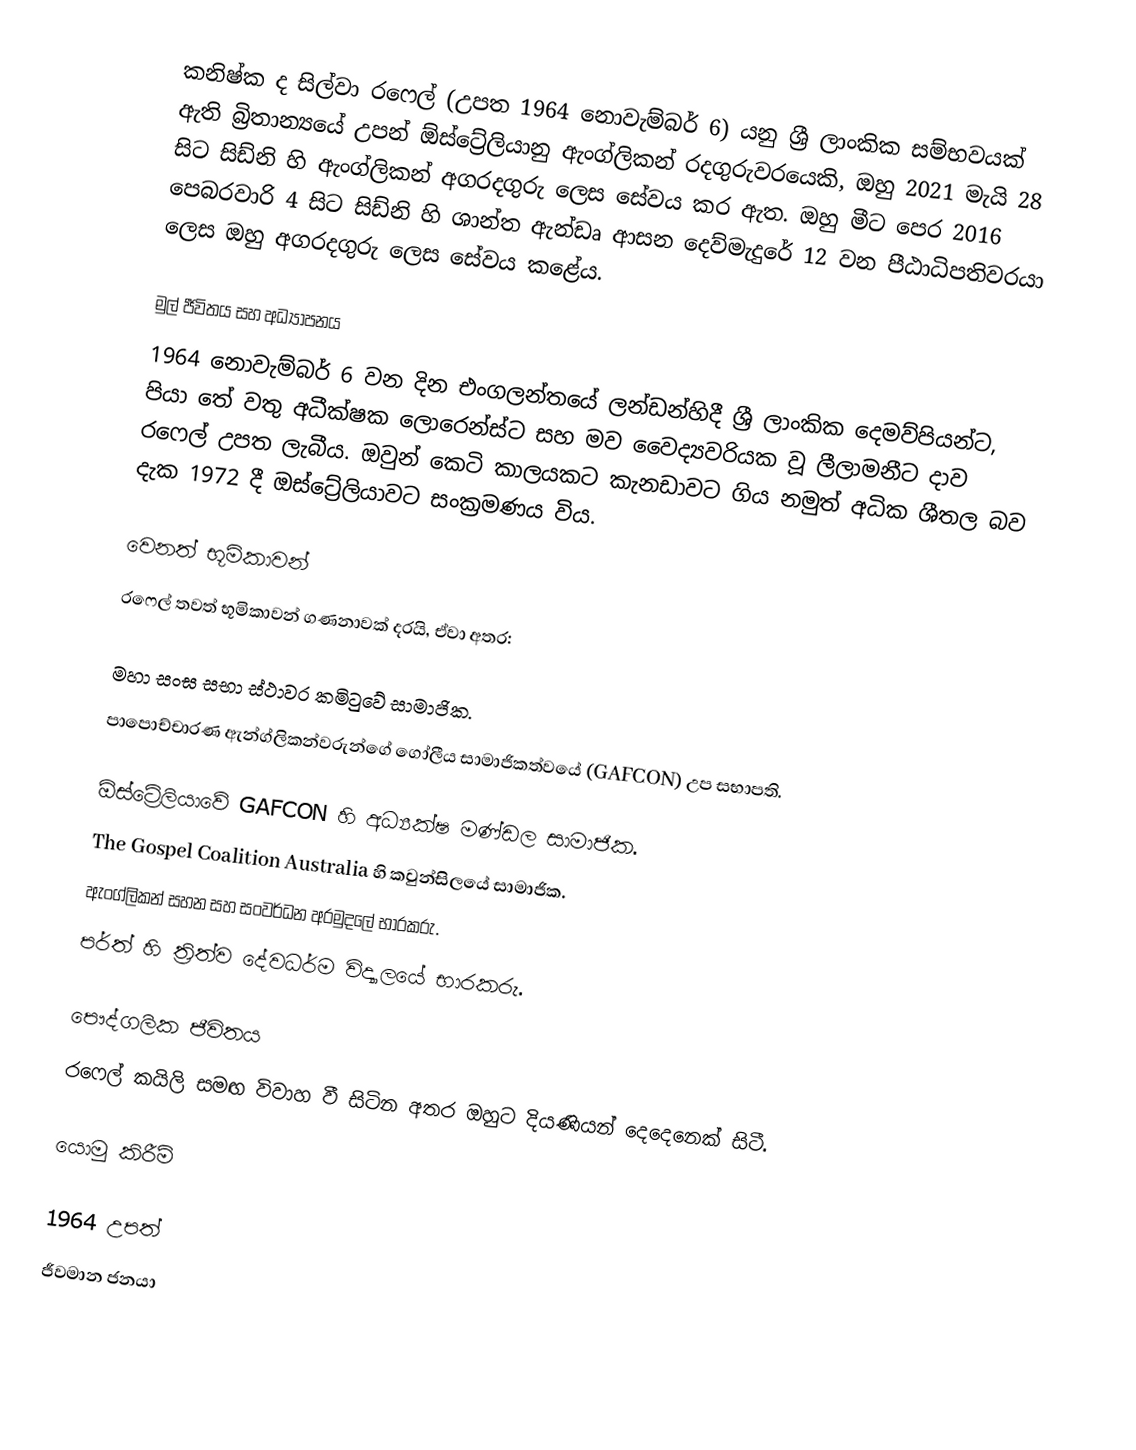
කනිෂ්ක ද සිල්වා රෆෙල් (උපත 1964 නොවැම්බර් 6) යනු ශ්‍රී ලාංකික සම්භවයක් ඇති බ්‍රිතාන්‍යයේ උපන් ඕස්ට්‍රේලියානු ඇංග්ලිකන් රදගුරුවරයෙකි, ඔහු 2021 මැයි 28 සිට සිඩ්නි හි ඇංග්ලිකන් අගරදගුරු ලෙස සේවය කර ඇත. ඔහු මීට පෙර 2016 පෙබරවාරි 4 සිට සිඩ්නි හි ශාන්ත ඇන්ඩෘ ආසන දෙව්මැදුරේ 12 වන පීඨාධිපතිවරයා ලෙස ඔහු අගරදගුරු ලෙස සේවය කළේය.

මුල් ජීවිතය සහ අධ්‍යාපනය
1964 නොවැම්බර් 6 වන දින  එංගලන්තයේ ලන්ඩන්හිදී ශ්‍රී ලාංකික දෙමව්පියන්ට, පියා තේ වතු අධීක්ෂක ලොරෙන්ස්ට සහ මව වෛද්‍යවරියක වූ ලීලාමනීට දාව රෆෙල් උපත ලැබීය. ඔවුන් කෙටි කාලයකට කැනඩාවට ගිය නමුත් අධික ශීතල බව දැක 1972 දී ඔස්ට්‍රේලියාවට සංක්‍රමණය විය.

වෙනත් භූමිකාවන්
රෆෙල් තවත් භූමිකාවන් ගණනාවක් දරයි, ඒවා අතර:

 මහා සංඝ සභා ස්ථාවර කමිටුවේ සාමාජික.
 පාපොච්චාරණ ඇන්ග්ලිකන්වරුන්ගේ ගෝලීය සාමාජිකත්වයේ (GAFCON) උප සභාපති.

 ඕස්ට්‍රේලියාවේ GAFCON හි අධ්‍යක්ෂ මණ්ඩල සාමාජික.
 The Gospel Coalition Australia හි කවුන්සිලයේ සාමාජික.
 ඇංග්ලිකන් සහන සහ සංවර්ධන අරමුදලේ භාරකරු.
 පර්ත් හි ත්‍රිත්ව දේවධර්ම විද්‍යාලයේ භාරකරු.

පෞද්ගලික ජීවිතය
රෆෙල් කයිලි සමඟ විවාහ වී සිටින අතර ඔහුට දියණියන් දෙදෙනෙක් සිටී.

යොමු කිරීම්

1964 උපත්
ජීවමාන ජනයා